Indian journal of veterinary science and animal husbandry - Volumes 26-27, 1956-1957
Year: 1956
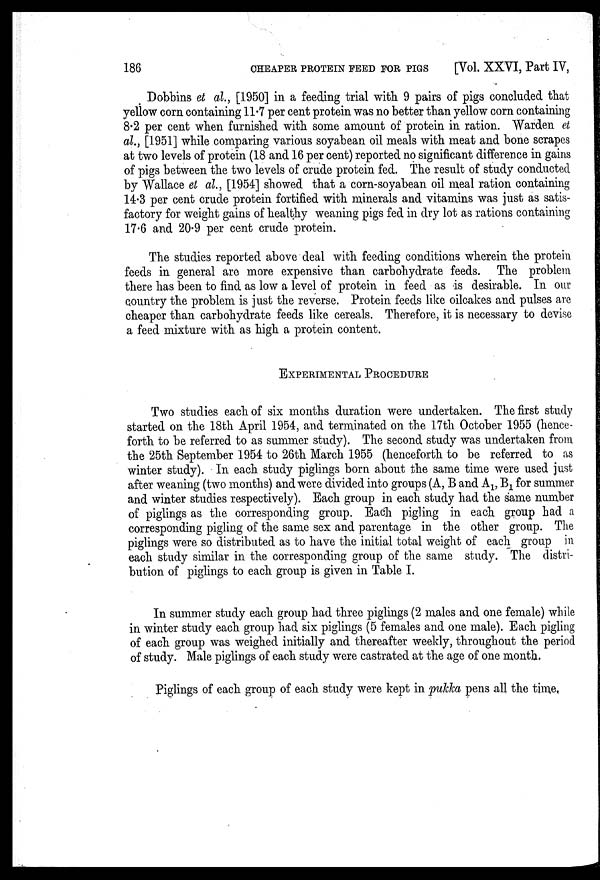
186
CHEAPER PROTEIN FEED FOR PIGS
[Vol. XXVI, Part IV,
Dobbins et al., [1950] in a feeding trial with 9 pairs of pigs concluded that
yellow corn containing 11.7 per cent protein was no better than yellow corn containing
8.2 per cent when furnished with some amount of protein in ration. Warden et
al., [1951] while comparing various soyabean oil meals with meat and bone scrapes
at two levels of protein (18 and 16 per cent) reported no significant difference in gains
of pigs between the two levels of crude protein fed. The result of study conducted
by Wallace et al., [1954] showed that a corn-soyabean oil meal ration containing
14.3 per cent crude protein fortified with minerals and vitamins was just as satis-
factory for weight gains of healthy weaning pigs fed in dry lot as rations containing
17.6 and 20.9 per cent crude protein.
The studies reported above deal with feeding conditions wherein the protein
feeds in general are more expensive than carbohydrate feeds. The problem
there has been to find as low a level of protein in feed as is desirable. In our
country the problem is just the reverse. Protein feeds like oilcakes and pulses are
cheaper than carbohydrate feeds like cereals. Therefore, it is necessary to devise
a feed mixture with as high a protein content.
EXPERIMENTAL PROCEDURE
Two studies each of six months duration were undertaken. The first study
started on the 18th April 1954, and terminated on the 17th October 1955 (hence-
forth to be referred to as summer study). The second study was undertaken from
the 25th September 1954 to 26th March 1955 (henceforth to be referred to as
winter study). In each study piglings born about the same time were used just
after weaning (two months) and were divided into groups (A, B and A 1 , B 1 for summer
and winter studies respectively). Each group in each study had the same number
of piglings as the corresponding group. Each pigling in each group had a
corresponding pigling of the same sex and parentage in the other group. The
piglings were so distributed as to have the initial total weight of each group in
each study similar in the corresponding group of the same study. The distri-
bution of piglings to each group is given in Table I.
In summer study each group had three piglings (2 males and one female) while
in winter study each group had six piglings (5 females and one male). Each pigling
of each group was weighed initially and thereafter weekly, throughout the period
of study. Male piglings of each study were castrated at the age of one month.
Piglings of each group of each study were kept in pukka pens all the time.